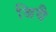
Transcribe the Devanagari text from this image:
श्रियै